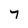
Character: 7